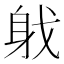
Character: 𨈟